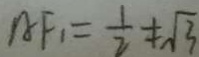
A F _ { 1 } = \frac { 1 } { 2 } \neq \sqrt { 3 }